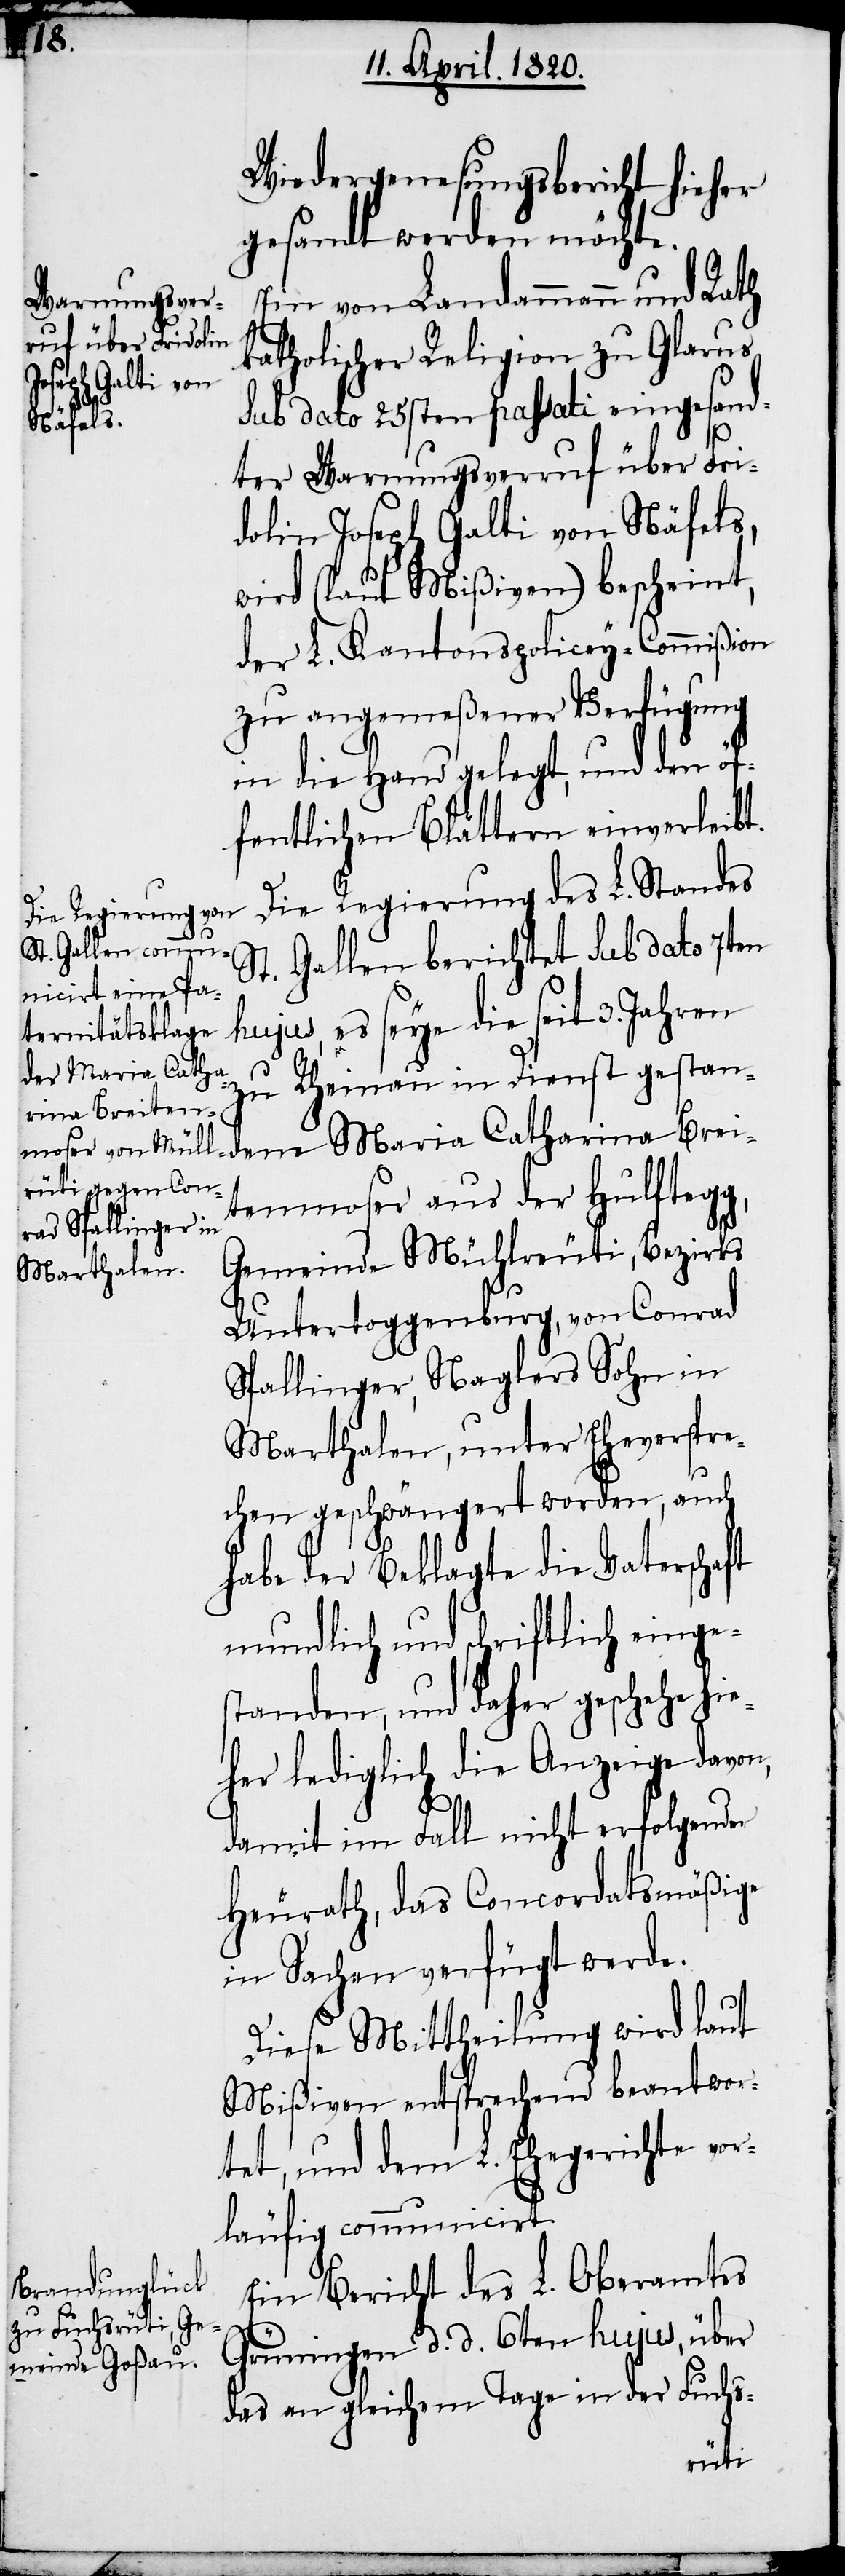
Wiedergenesungsbericht hieher
gesandt werden möchte.
Ein von Landammann und Rath
katholischer Religion zu Glarus
sub dato 25sten passati eingesand¬
ter Warnungsverruf über Fri¬
dolin Joseph Galti von Näfels,
wird (laut Miβiven) bescheint,
der L. Kantonspolicey-Commißion
zu angemeßener Verfügung
in die Hand gelegt, und den öf¬
fentlichen Blättern einverleibt.
Die Regierung des L. Standes
St. Gallen berichtet Sub dato 7ten
hujus, es seye die seit 3. Jahren
zu Rheinau in Dienst gestan¬
dene Maria Catharina Brei¬
tenmoser aus der Hulftegg,
Untertoggenburg, von Conrad
Spallinger, Naglers Sohn in
Marthalen, unter Eheverspre¬
chen geschwängert worden, auch
habe der Beklagte die Vaterschaft
mundlich und schriftlich einge¬
standen, und daher geschehe hie¬
her lediglich die Anzeige davon,
damit im Fall nicht erfolgender
Heurath, das Concordatsmäßige
in Sachen verfügt werde.
Diese Mittheilung wird laut
Mißiven entsprechend beantwor¬
tet, und dem L. Ehegerichte vor¬
läufig communicirt.
Ein Bericht des L. Oberamtes
Grüningen d. d. 6ten hujus, über
das an gleichem Tage in der Fuchs-